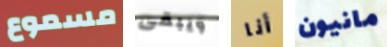
مسموع ويبقى أنا مانيون